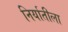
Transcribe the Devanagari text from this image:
निर्यातीला